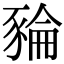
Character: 𧱜